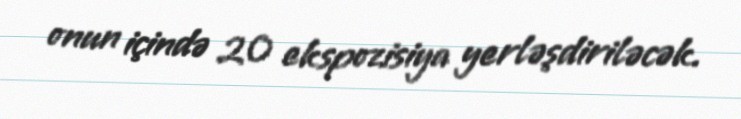
onun içində 20 ekspozisiya yerləşdiriləcək.